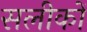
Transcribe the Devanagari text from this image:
सलीकों